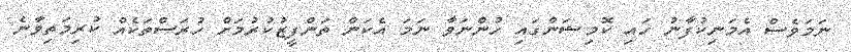
ނަމަވެސް އެމަނިކުފާނު ހައި ކޮމިޝަންގައި ހުންނަވާ ނަމަ އެކަން ތަންފީޒުކުރުމަށް ހުރަސްތަކެއް ކުރިމަތިވާނެ